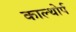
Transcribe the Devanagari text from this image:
काल्थोर्प